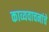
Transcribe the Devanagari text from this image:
काव्यवाचनांचे